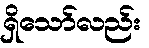
ရှိသော်လည်း